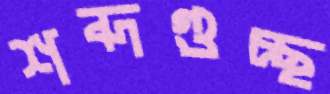
শব্দগুচ্ছ